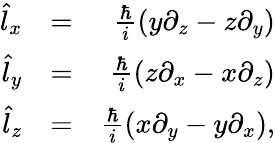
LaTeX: \begin{array}{rlr}{\hat{l}_{x}}&{=}&{\frac{\hbar}{i}\left(y\partial_{z}-z\partial_{y}\right)}\\ {\hat{l}_{y}}&{=}&{\frac{\hbar}{i}\left(z\partial_{x}-x\partial_{z}\right)}\\ {\hat{l}_{z}}&{=}&{\frac{\hbar}{i}\left(x\partial_{y}-y\partial_{x}\right),}\end{array}